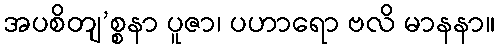
အပစိတျ’စ္စနာ ပူဇာ၊ ပဟာရော ဗလိ မာနနာ။